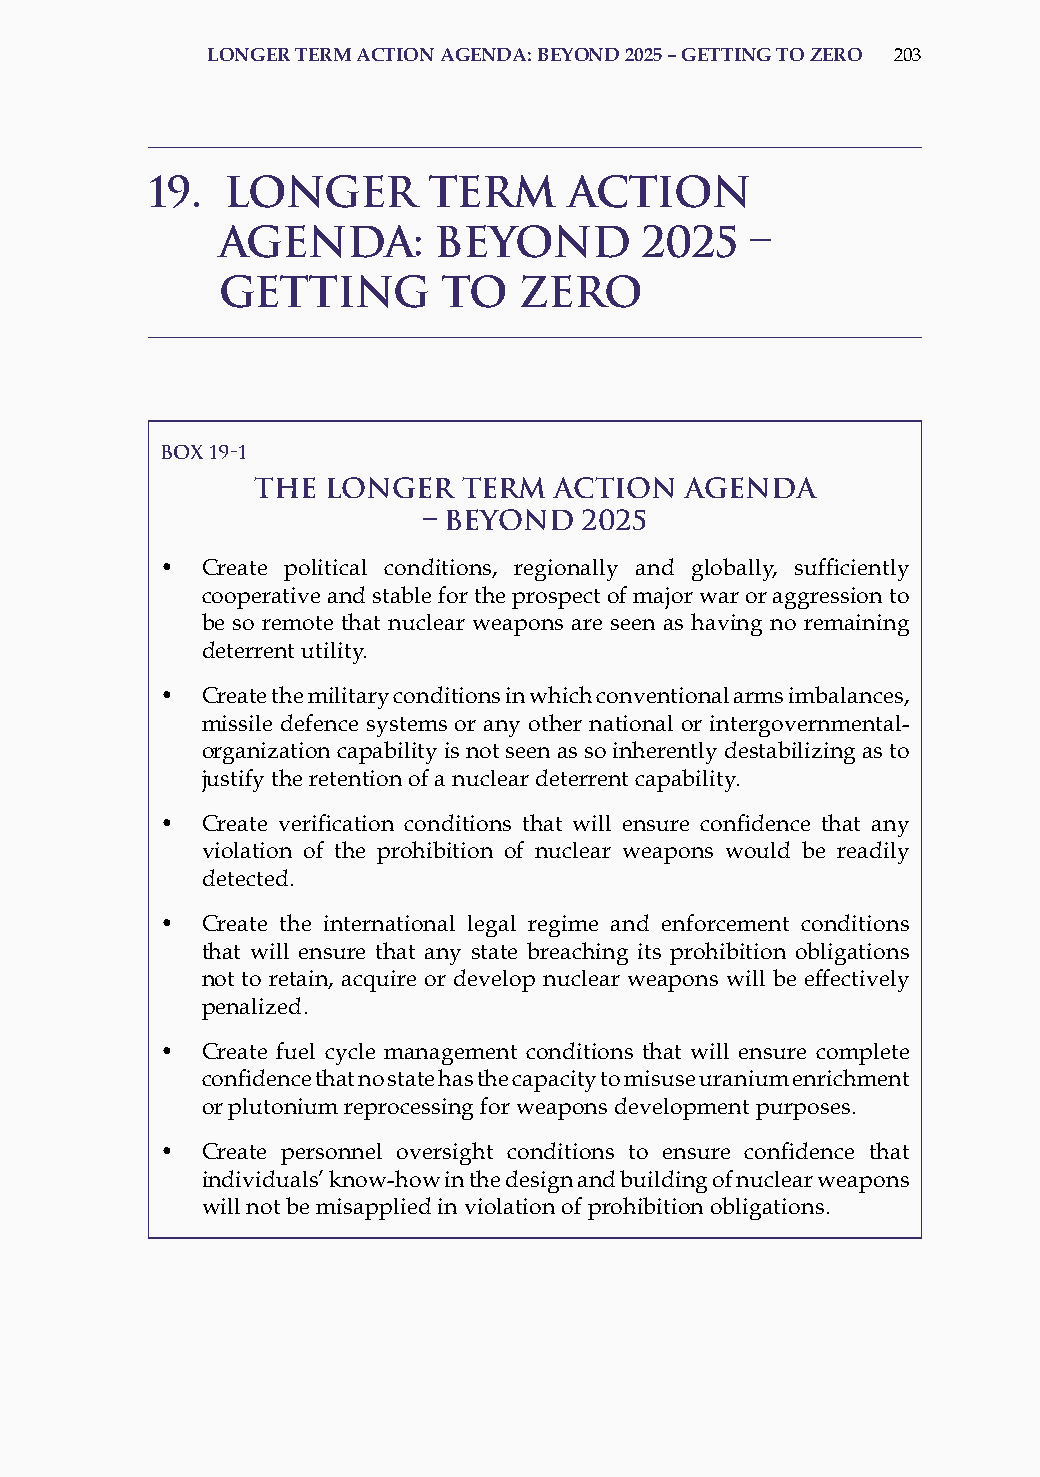
lonGer term action aGenda: BeYond 2025 – GettinG to zero 203
 19.  Longer       Term      Action
 Agenda:        Beyond       2025    –
 Getting        to   Zero
 Box 19-1
 The  Longer   Term  Action  Agenda
 – Beyond   2025
 • Create political conditions, regionally and globally, sufficiently
 cooperative and stable for the prospect of major war or aggression to
 be so remote that nuclear weapons are seen as having no remaining
 deterrent utility.
 • Create the military conditions in which conventional arms imbalances,
 missile defence systems or any other national or intergovernmental-
 organization capability is not seen as so inherently destabilizing as to
 justify the retention of a nuclear deterrent capability.
 • Create verification conditions that will ensure confidence that any
 violation of the prohibition of nuclear weapons would be readily
 detected.
 • Create the international legal regime and enforcement conditions
 that will ensure that any state breaching its prohibition obligations
 not to retain, acquire or develop nuclear weapons will be effectively
 penalized.
 • Create fuel cycle management conditions that will ensure complete
 confidence that no state has the capacity to misuse uranium enrichment
 or plutonium reprocessing for weapons development purposes.
 • Create personnel oversight conditions to ensure confidence that
 individuals’ know-how in the design and building of nuclear weapons
 will not be misapplied in violation of prohibition obligations.